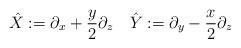
LaTeX: \begin{align*} \hat X:=\partial_x +\frac{y}{2} \partial_z \quad \hat Y:=\partial_y -\frac{x}{2} \partial_z \end{align*}